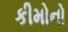
કીમોનો